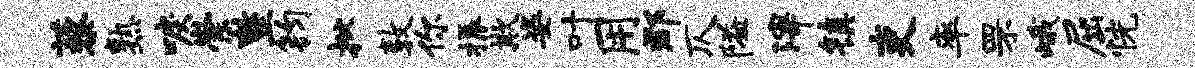
藜熟唳崇整钧批敦你振欺姿叶用郡仄隘滓镇吏率罘峨屈恍